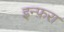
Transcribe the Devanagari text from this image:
इन्फ़रा